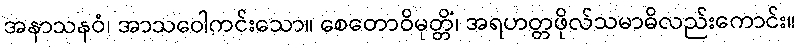
အနာသနဝံ၊ အာသဝေါကင်းသော။ စေတောဝိမုတ္တိံ၊ အရဟတ္တဖိုလ်သမာဓိလည်းကောင်း။